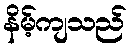
နိမ့်ကျသည်